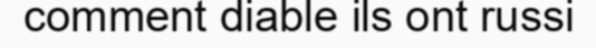
comment diable ils ont russi